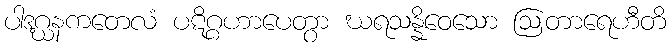
ပါဒဂ္ဃနကတေလံ ပဋိဂ္ဂဟာပေတွာ ဃရသန္နိဝေသော ဩတာရေဟီတိ